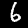
Label: 6